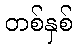
တစ်နှစ်